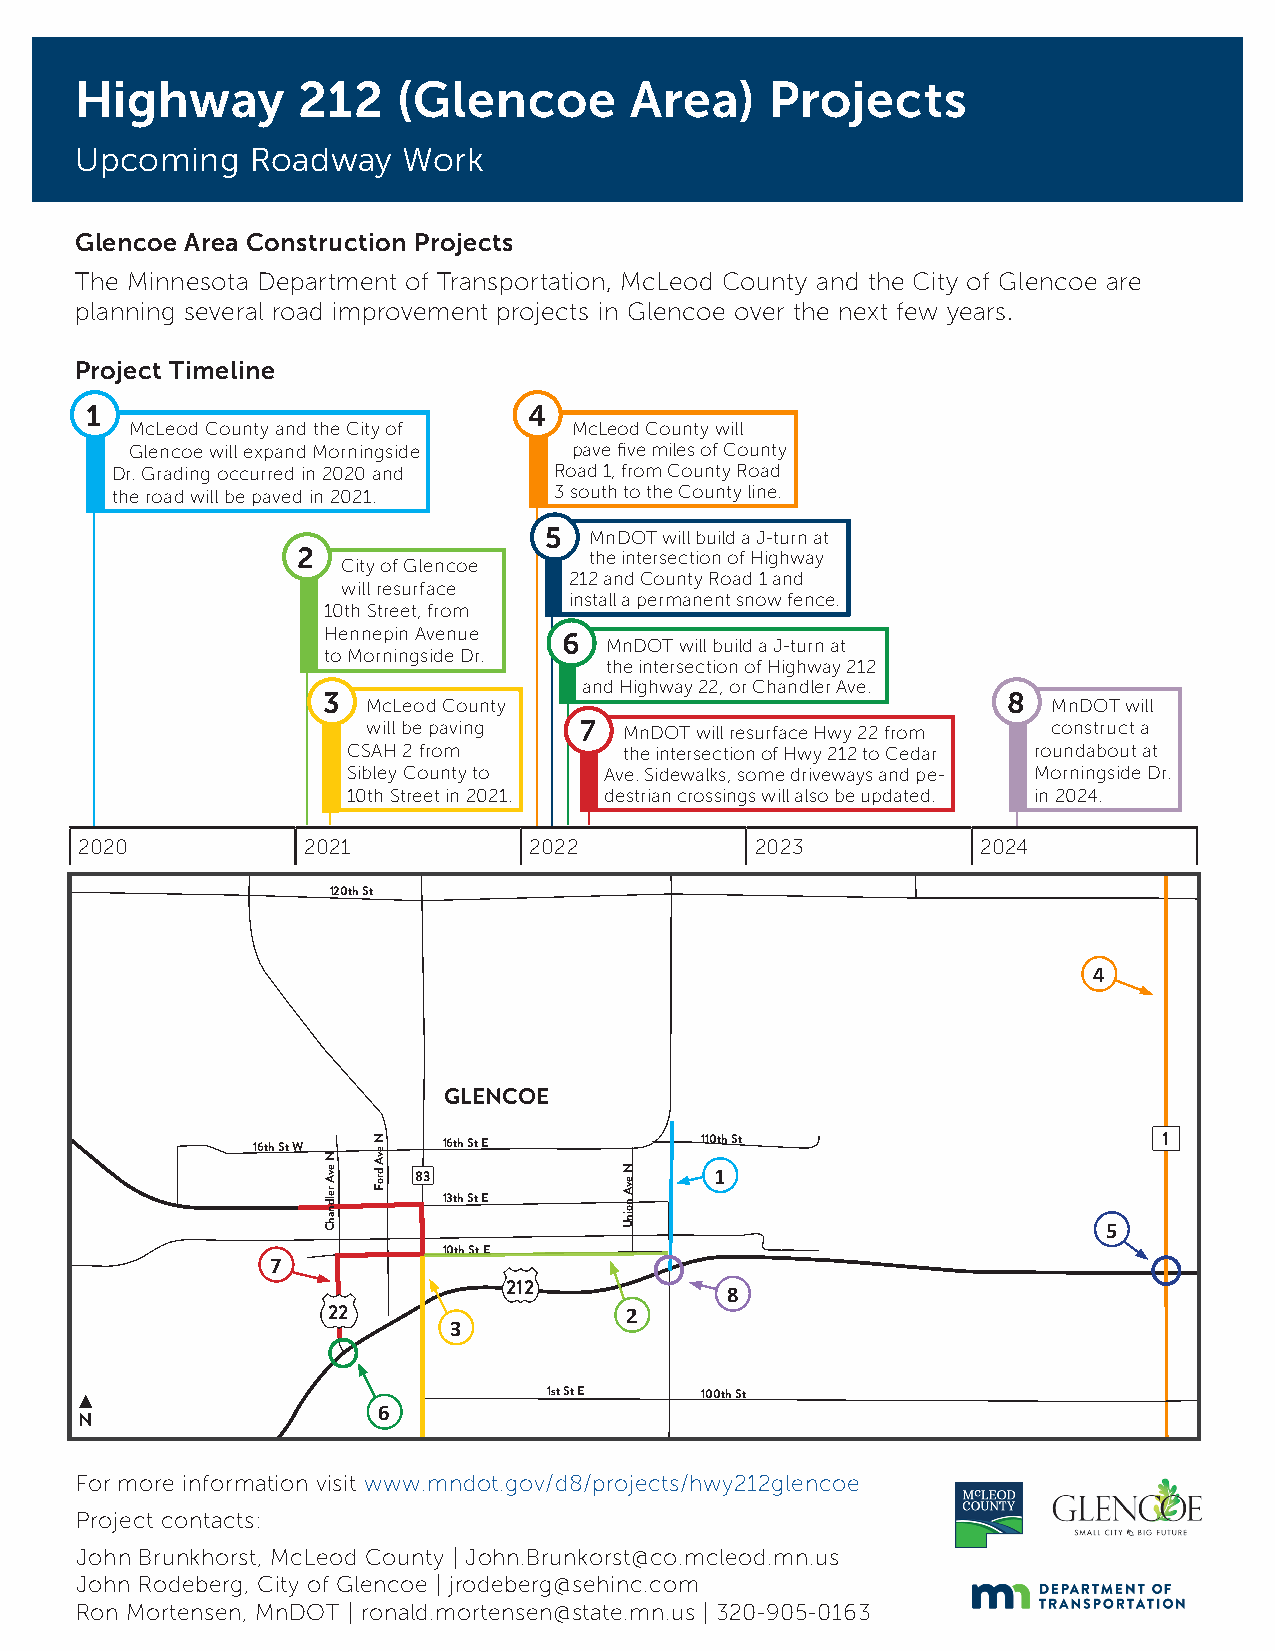
Highway        212   (Glencoe        Area)    Projects
 Upcoming    Roadway   Work
 Glencoe Area Construction Projects
 The Minnesota Department of Transportation, McLeod County and the City of Glencoe are
 planning several road improvement projects in Glencoe over the next few years.
 Project Timeline
 1                            4
 McLeod County and the City of McLeod County will
 Glencoe will expand Morningside pave five miles of County
 Dr. Grading occurred in 2020 and Road 1, from County Road
 the road will be paved in 2021. 3 south to the County line.
 5  MnDOT will build a J-turn at
 2                  the intersection of Highway
 City of Glencoe
 212 and County Road 1 and
 will resurface
 install a permanent snow fence.
 10th Street, from
 Hennepin Avenue 6  MnDOT will build a J-turn at
 to Morningside Dr.
 the intersection of Highway 212
 and Highway 22, or Chandler Ave.
 3                                             8
 McLeod County                                 MnDOT will
 will be paving 7 MnDOT will resurface Hwy 22 from construct a
 CSAH 2 from       the intersection of Hwy 212 to Cedar roundabout at
 Sibley County to Ave. Sidewalks, some driveways and pe- Morningside Dr.
 10th Street in 2021. destrian crossings will also be updated. in 2024.
 2020           2021           2022           2023           2024
 120th St
 4
 GLENCOE
 16th St W   16th St E        110th St                       1
 83                  1
 13th St E
 5
 10th St E
 7
 212
 8
 22                 2
 3
 1st St E  100th St
 6
 N
 For more information visit www.mndot.gov/d8/projects/hwy212glencoe
 Project contacts:
 John Brunkhorst, McLeod County | John.Brunkorst@co.mcleod.mn.us
 John Rodeberg, City of Glencoe | jrodeberg@sehinc.com
 Ron Mortensen, MnDOT | ronald.mortensen@state.mn.us | 320-905-0163
 N
 evA
 reldnahC
 N evA
 droF            N evA
 noinU